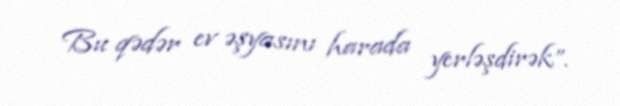
Bu qədər ev əşyasını harada yerləşdirək”.